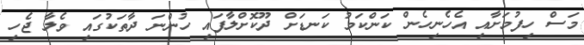
މަސް ހިފުމަށާއި އެހެނިހެން ކަންކަމު ކަނޑަށް ދޫކޮށްލާފައި ހުންނަ ދާތަކުގައި ވެލާ ޖެހި